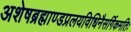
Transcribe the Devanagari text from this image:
अशेषब्रह्माण्डप्रलयविधिनैसर्गिकमतिः